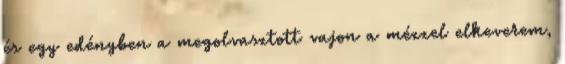
és egy edényben a megolvasztott vajon a mézzel elkeverem,